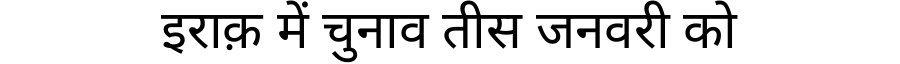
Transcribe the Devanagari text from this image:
इराक़ में चुनाव तीस जनवरी को